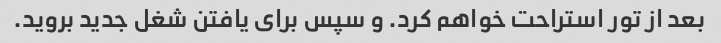
بعد از تور استراحت خواهم کرد. و سپس برای یافتن شغل جدید بروید.